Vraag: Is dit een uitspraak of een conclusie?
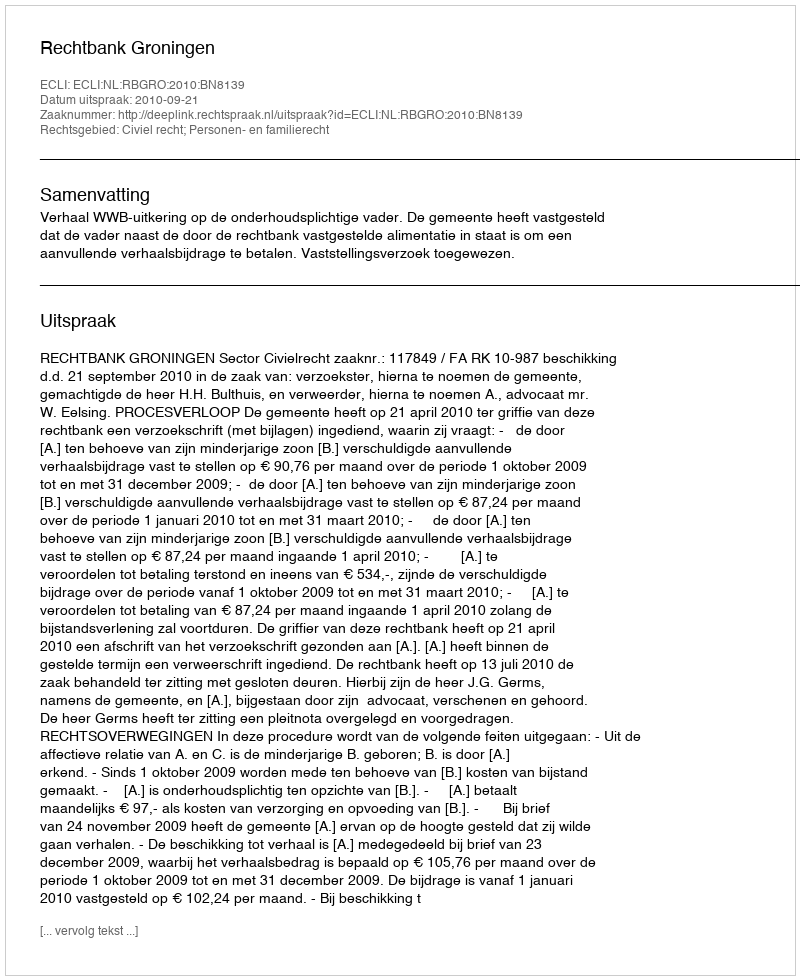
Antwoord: Uitspraak